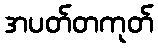
အပတ်တကုတ်